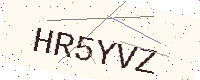
Text: HR5YVZ